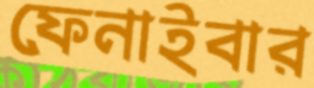
ফেনাইবার